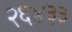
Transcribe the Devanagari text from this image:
२६४३३